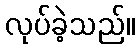
လုပ်ခဲ့သည်။